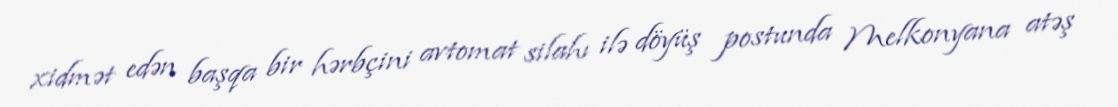
xidmət edən başqa bir hərbçini avtomat silahı ilə döyüş postunda Melkonyana atəş